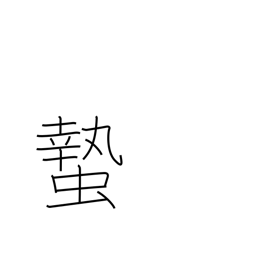
Meaning: hibernation of insects